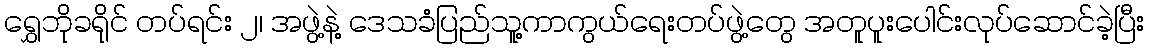
ရွှေဘိုခရိုင် တပ်ရင်း ၂၊ အဖွဲ့နဲ့ ဒေသခံပြည်သူ့ကာကွယ်ရေးတပ်ဖွဲ့တွေ အတူပူးပေါင်းလုပ်ဆောင်ခဲ့ပြီး